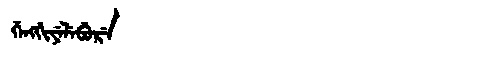
Manchu: ᡤᡝᠩᡤᡳᠶᡝᠯᡝᠪᡠᡵᡝ
Romanization: GENGGIYELEBURE